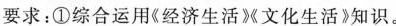
要求：①综合运用《经济生活》《文化生活》知识。